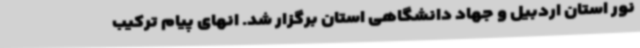
نور استان اردبیل و جهاد دانشگاهی استان برگزار شد. انهای پیام ترکیب